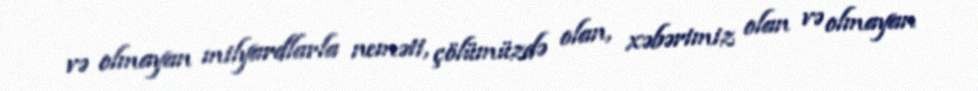
və olmayan milyardlarla neməti, çölümüzdə olan, xəbərimiz olan və olmayan